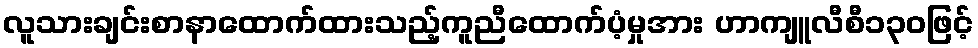
လူသားချင်းစာနာထောက်ထားသည့်ကူညီထောက်ပံ့မှုအား ဟာကျူလီစီ၁၃၀ဖြင့်